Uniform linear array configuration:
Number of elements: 32
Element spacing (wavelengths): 0.5
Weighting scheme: exponential
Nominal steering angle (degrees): -45
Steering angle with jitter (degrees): -43.642
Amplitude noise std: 0.05
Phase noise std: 0.05

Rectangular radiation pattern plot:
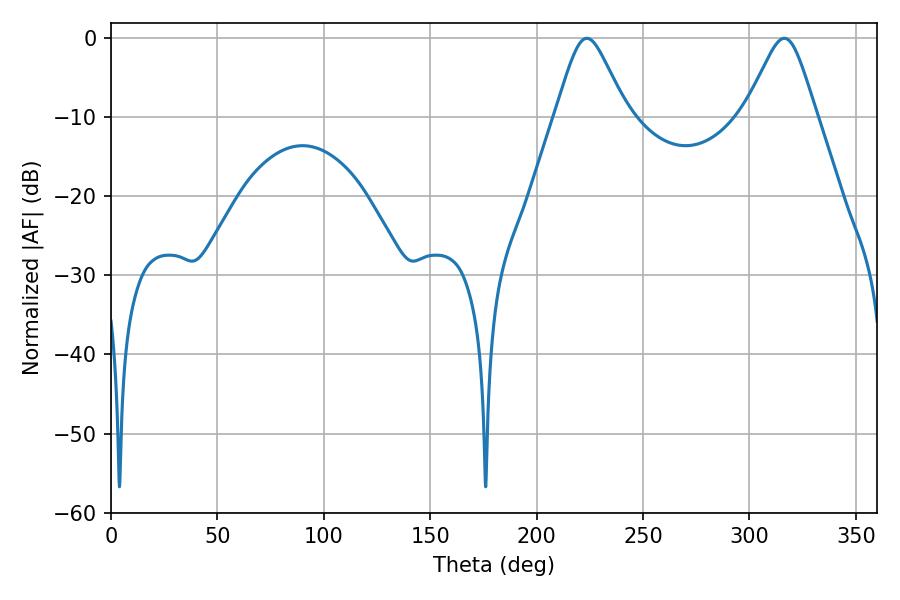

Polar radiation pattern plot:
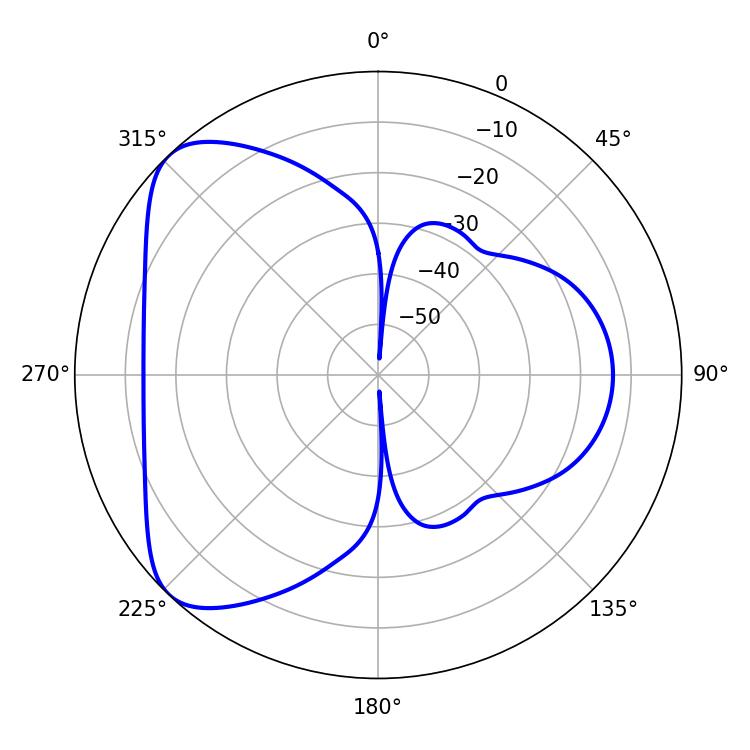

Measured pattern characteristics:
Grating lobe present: FALSE
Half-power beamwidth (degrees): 16.02
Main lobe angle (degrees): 223.56